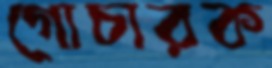
গোচারক